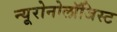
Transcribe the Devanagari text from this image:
न्यूरोनोलॉजिस्ट